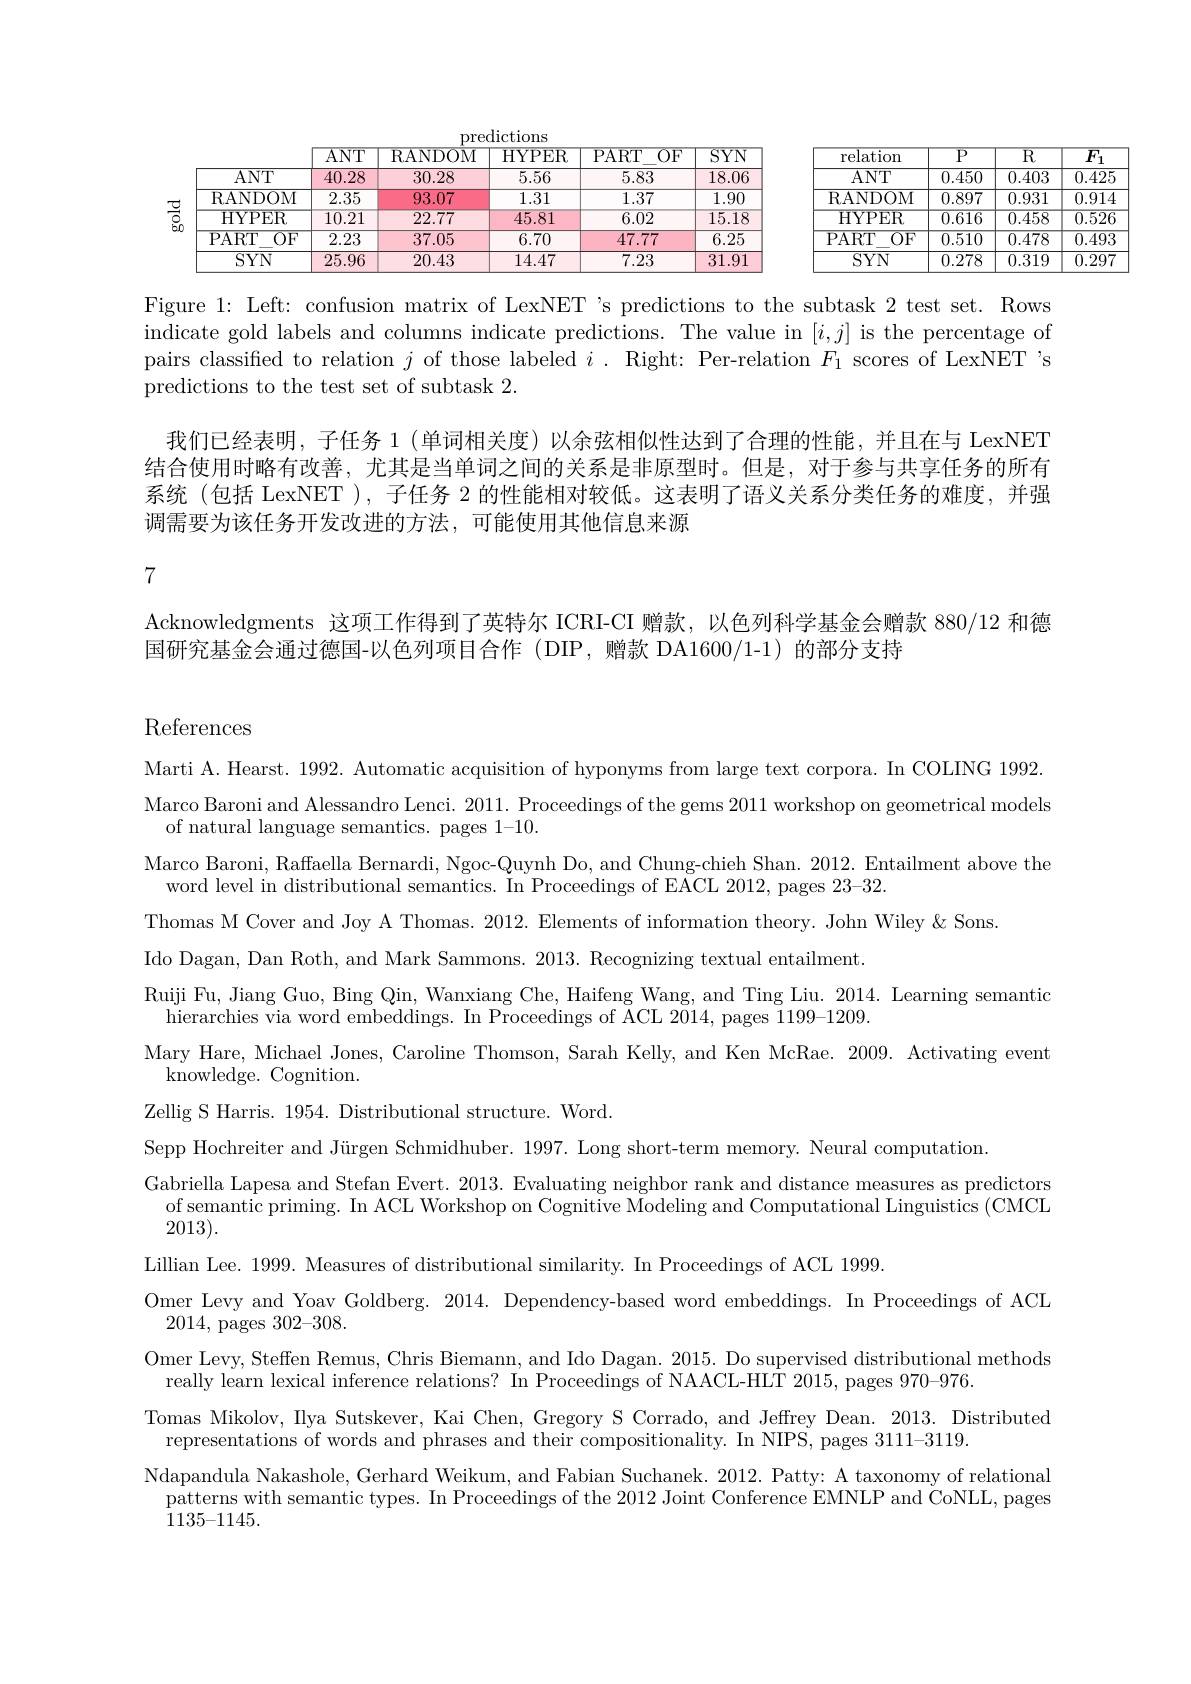
$\overline{F_{1}}$

$\overline{0.425}$

$\overline{0.914}$

<table>
	<tbody>
		<tr>
			<td rowspan="6">$\begin{smallmatrix}\text{공}\\0\\0\\0\end{smallmatrix}$</td>
			<td> </td>
			<td>$\overline{\mathrm{ANT}}$</td>
			<td>RANDOM</td>
			<td>HYPER</td>
			<td>PART $\overline{OF}$</td>
			<td>$\overline{SYN}$</td>
			<td>$\operatorname{relation}$</td>
			<td>${\overline{P}}$</td>
			<td>$\overline{\mathrm{R}}$</td>
		</tr>
		<tr>
			<td>$ANT$</td>
			<td>40.28</td>
			<td>30.28</td>
			<td>5.56</td>
			<td>5.83</td>
			<td>18.06</td>
			<td>$ANT$</td>
			<td>0.450</td>
			<td>0.403</td>
		</tr>
		<tr>
			<td>RANDOM</td>
			<td>2.35</td>
			<td>93.07</td>
			<td>1.31</td>
			<td>1.37</td>
			<td>1.90</td>
			<td>RANDOM</td>
			<td>0.897</td>
			<td>0.931</td>
		</tr>
		<tr>
			<td>HYPER</td>
			<td>$\overline{10.21}$</td>
			<td>22.77</td>
			<td>45.81</td>
			<td>$\overline{6.02}$</td>
			<td>15.18</td>
			<td>HYPER</td>
			<td>$\overline{0.616}$</td>
			<td>$\overline{0.458}$</td>
		</tr>
		<tr>
			<td>PART $\overline{OF}$</td>
			<td>2.23</td>
			<td>37.05</td>
			<td>6.70</td>
			<td>47.77</td>
			<td>6.25</td>
			<td>PART $\overline{\mathrm{OF}}$</td>
			<td>$\overline{0.510}$</td>
			<td>$\overline{0.478}$</td>
		</tr>
		<tr>
			<td>$SYN$</td>
			<td>25.96</td>
			<td>20.43</td>
			<td>14.47</td>
			<td>7.23</td>
			<td>31.91</td>
			<td>$SYN$</td>
			<td>0.278</td>
			<td>0.319</td>
		</tr>
	</tbody>
</table>
$\boxed{\:0.526}$ $\begin{array}{c|c}\hline;&0.493\\\hline\end{array}$

Figure 1: Left: confusion matrix of LexNET's predictions to the subtask 2 test set. Rows $\begin{array}{l}{\mathrm{indicate~gold~labels~and~columns~indicate~predictions.~The~value~in~[i,j]~is~the~percentage~of}}\\{\mathrm{pairs~classified~to~relation~}j~\mathrm{of~those~labeled~}i~.~\mathrm{Right:~Per-relation~}F_{1}~\mathrm{scores~of~LexNET~}}\end{array}$ predictions to the test set of subtask 2.

我们已经表明，子任务 1 (单词相关度)以余弦相似性达到了合理的性能，并且在与 LexNET 结合使用时略有改善，尤其是当单词之间的关系是非原型时。但是，对于参与共享任务的所有系统 (包括 LexNET ), 子任务2的性能相对较低。这表明了语义关系分类任务的难度，并强调需要为该任务开发改进的方法，可能使用其他信息来源

7

Acknowledgments 这项工作得到了英特尔 ICRI-CI 赠款，以色列科学基金会赠款 880/12 和德
国研究基金会通过德国-以色列项目合作 (DIP,赠款 DA1600/1-1) 的部分支持

$\overline{0.297}$

References

Marti A. Hearst. 1992. Automatic acquisition of hyponyms from large text corpora. In COLING 1992 Marco Baroni and Alessandro Lenci. 2011. Proceedings of the gems 2011 workshop on geometrical models
of natural language semantics. pages 1-10.
Marco Baroni, Raffaella Bernardi, Ngoc-Quynh Do, and Chung-chieh Shan. 2012. Entailment above the
word level in distributional semantics. In Proceedings of EACL 2012, pages 23-32.
Thomas M Cover and Joy A Thomas. 2012. Elements of information theory. John Wiley&Sons.
Ido Dagan, Dan Roth, and Mark Sammons. 2013. Recognizing textual entailment.
Ruiji Fu, Jiang Guo, Bing Qin, Wanxiang Che, Haifeng Wang, and Ting Liu. 2014. Learning semantic
$\bar{\text{hierarchies via word embeddings. In Proceedings of ACL 2014, pages }1199-1209}.$
Mary Hare, Michael Jones, Caroline Thomson, Sarah Kelly, and Ken McRae. 2009. Activating event
knowledge. Cognition.
Zellig S Harris. 1954. Distributional structure. Word.
Sepp Hochreiter and Jürgen Schmidhuber. 1997. Long short-term memory. Neural computation
Gabriella Lapesa and Stefan Evert. 2013. Evaluating neighbor rank and distance measures as predictors of semantic priming. In ACL Workshop on Cognitive Modeling and Computational Linguistics (CMCL 2013).
Lillian Lee. 1999. Measures of distributional similarity. In Proceedings of ACL 1999.
Omer Levy and Yoav Goldberg. 2014. Dependency-based word embeddings. In Proceedings of ACL
2014, pages 302-308.
Omer Levy, Steffen Remus, Chris Biemann, and Ido Dagan. 2015. Do supervised distributional methods
really learn lexical inference relations? In Proceedings of NAACL-HLT 2015, pages 970-976.
Tomas Mikolov, Ilya Sutskever, Kai Chen, Gregory S Corrado, and Jeffrey Dean. 2013. Distributed
representations of words and phrases and their compositionality. In NIPS, pages 3111-3119.
Ndapandula Nakashole, Gerhard Weikum, and Fabian Suchanek. 2012. Patty: A taxonomy of relational $\begin{array}{l}{\text{patterns with semantic types. In Proceedings of the 2012 Joint Conference EMNLP and CoNLL, pages}}\\{\text{patterns with semantic types. In Proceedings of the 2012 Joint Conference EMNLP and CoNLL, panges}}\\{1137-1147}\end{array}$ 1135-1145.